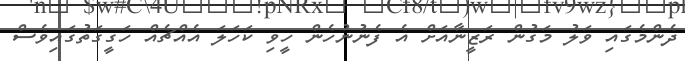
ދެންމެގައި ވަލު މަގުން ރަޒީނާއަށް އެ ފެނުނުހެން ހީވި ކަހަލަ އެއްޗެއް ހަގީގަތުގައިވެސް